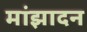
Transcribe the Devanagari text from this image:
मांझादन